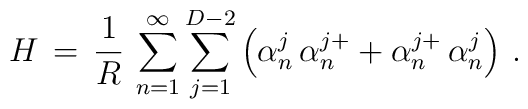
H\,=\,\frac{1}{R}\,\sum_{n=1}^{\infty}\sum_{j=1}^{D-2}\left(\alpha_{n}^j\,\alpha_{n}^{j+}+\alpha_{n}^{j+}\,\alpha_{n}^j\right)\,{.}